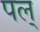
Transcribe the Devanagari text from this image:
पल्